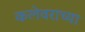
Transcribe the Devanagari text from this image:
कलेवराच्या